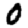
Digit: 0